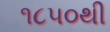
૧૮૫૦થી